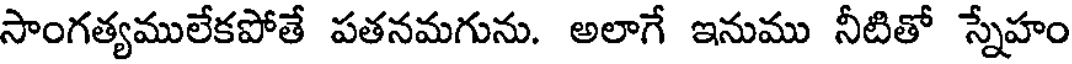
సాంగత్యములేకపోతే పతనమగును. అలాగే ఇనుము నీటితో స్నేహం